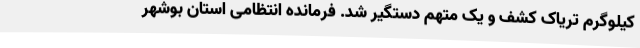
کیلوگرم تریاک کشف و یک متهم دستگیر شد. فرمانده انتظامی استان بوشهر